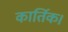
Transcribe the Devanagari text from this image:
कार्तिक।